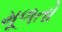
મૂળતો